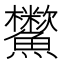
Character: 𩽑